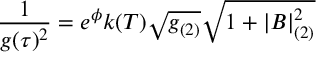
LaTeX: { \frac { 1 } { g ( \tau ) ^ { 2 } } } = e ^ { \phi } k ( T ) \sqrt { g _ { ( 2 ) } } \sqrt { 1 + | B | _ { ( 2 ) } ^ { 2 } }